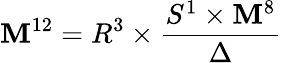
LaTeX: \mathbf{M}^{12}=R^{3}\times\frac{{S^{1}\times\mathbf{M}^{8}}}{{\Delta}}